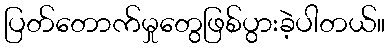
ပြတ်တောက်မှုတွေဖြစ်ပွားခဲ့ပါတယ်။